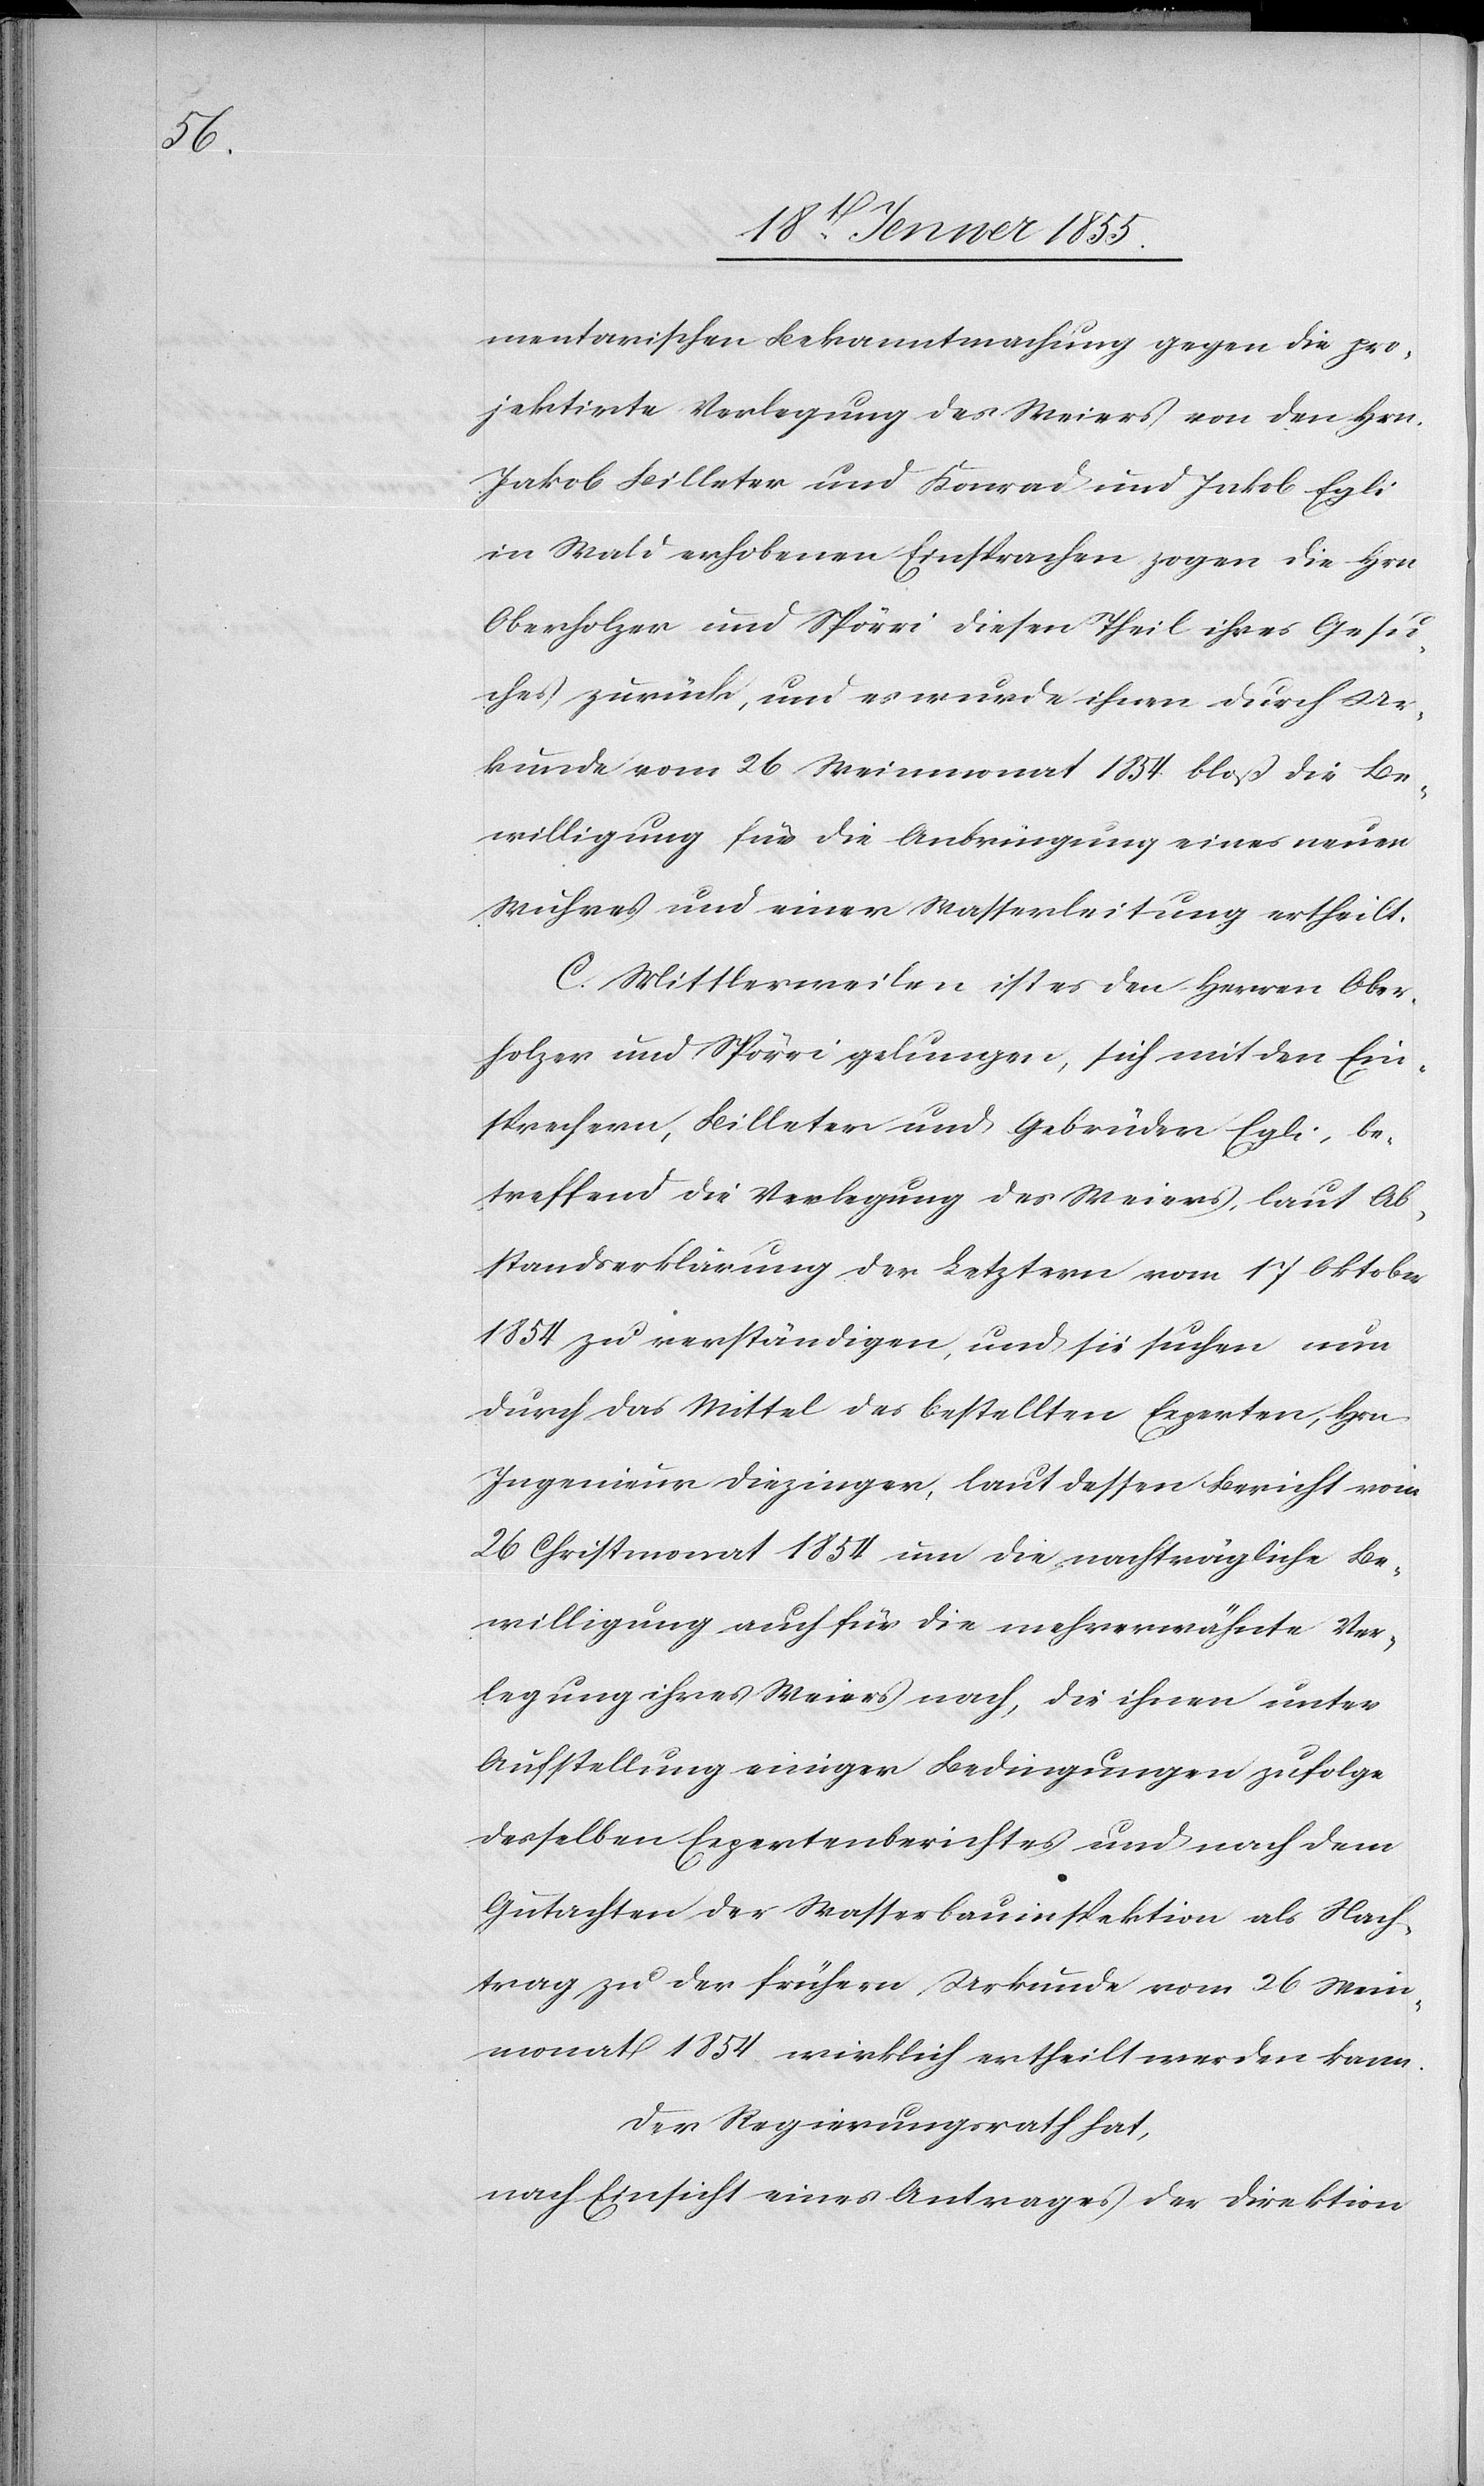
mentarischen Bekanntmachung gegen die pro¬
jektirte Verlegung des Weiers von den Hrn.
Jakob Billeter und Konrad und Jakob Egli
in Wald erhobenen Einsprachen zogen die Hrn.
Oberholzer und Spörri diesen Theil ihres Gesu¬
ches zurück, und es wurde ihnen durch Ur¬
kunde vom 26 Weinmonat 1854. bloß die Be¬
willigung für die Anbringung eines neuen
Wuhres und einer Wasserleitung ertheilt.
C. Mittlerweilen ist es den Herren Ober¬
holzer und Spörri gelungen, sich mit den Ein¬
sprechern, Billeter und Gebrüder Egli, be¬
treffend die Verlegung des Weiers, laut Ab¬
standserklärung der Letztern vom 17 Oktober
1854 zu verständigen, und sie suchen nun
durch das Mittel des bestellten Experten, Hrn.
Ingenieur Diezinger, laut dessen Bericht vom
26 Christmonat 1854 um die nachträgliche Be¬
willigung auch für die mehrerwähnte Ver¬
legung ihres Weiers nach, die ihnen unter
Aufstellung einiger Bedingungen zufolge
desselben Expertenberichtes und nach dem
Gutachten der Wasserbauinspektion als Nach¬
trag zu der frühern Urkunde vom 26 Wein¬
monat 1854 wirklich ertheilt werden kann.
Der Regierungsrath hat,
nach Einsicht eines Antrages der Direktion